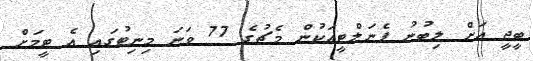
ބީޖީ އަށް ލިބުނު ޕެނަލްޓީއަކުން މެޗުގެ 77 ވަނަ މިނިޓުގައި އެ ޓީމަށް